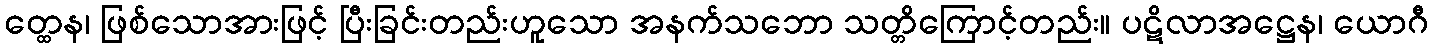
တ္ထေန၊ ဖြစ်သောအားဖြင့် ပြီးခြင်းတည်းဟူသော အနက်သဘော သတ္တိကြောင့်တည်း။ ပဋိလာအဋ္ဌေန၊ ယောဂီ